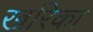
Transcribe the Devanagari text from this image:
खरिका